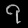
Digit: ၇